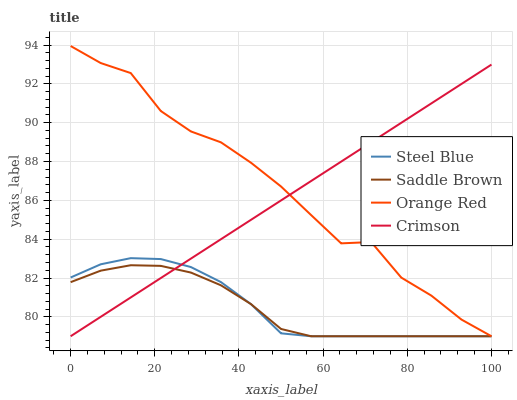
| xaxis_label | Steel Blue | Saddle Brown | Orange Red | Crimson |
 | --- | --- | --- | --- | --- |
 | 0 | 82 | 81.8 | 93.9 | 79 |
 | 7.14 | 82.7 | 82.4 | 93.1 | 80 |
 | 14.3 | 83 | 82.7 | 92.6 | 81 |
 | 21.4 | 83 | 82.6 | 90.6 | 82 |
 | 28.6 | 82.6 | 82.3 | 89.5 | 83 |
 | 35.7 | 81.8 | 81.6 | 89 | 84 |
 | 42.9 | 80.7 | 80.7 | 87.9 | 85 |
 | 50 | 79.2 | 79.4 | 86.7 | 86 |
 | 57.1 | 79 | 79 | 85.2 | 87 |
 | 64.3 | 79 | 79 | 83.8 | 88 |
 | 71.4 | 79 | 79 | 83.9 | 89 |
 | 78.6 | 79 | 79 | 82 | 90 |
 | 85.7 | 79 | 79 | 81.1 | 91 |
 | 92.9 | 79 | 79 | 79.9 | 92 |
 | 100 | 79 | 79 | 79 | 93 |